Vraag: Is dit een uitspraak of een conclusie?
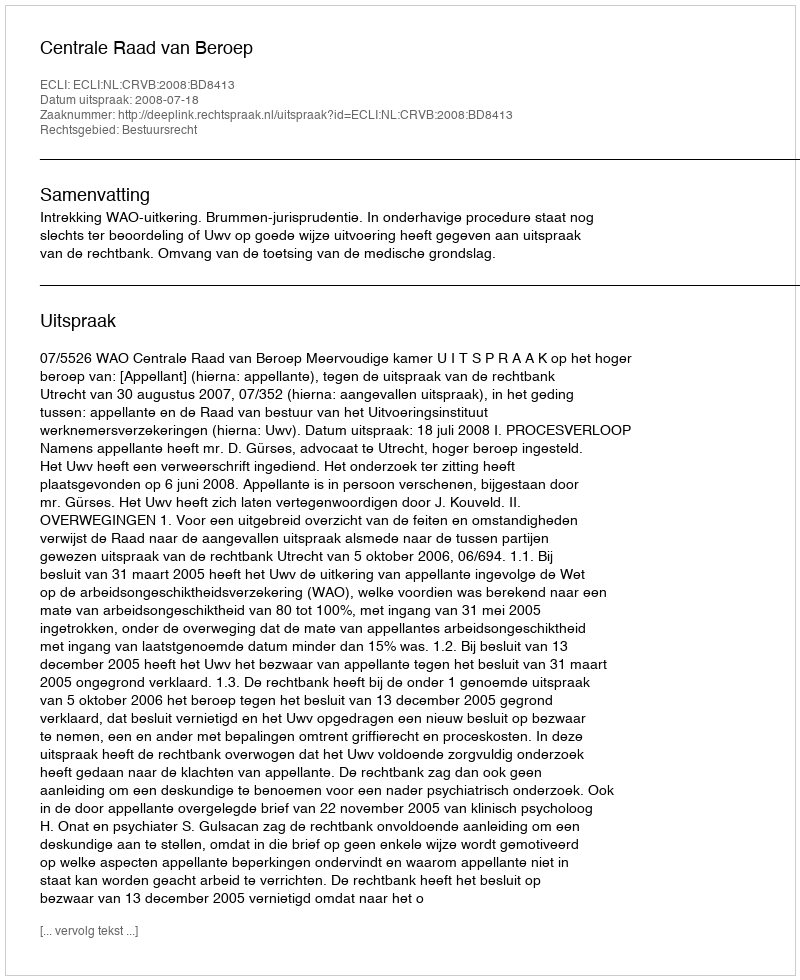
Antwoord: Uitspraak